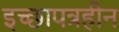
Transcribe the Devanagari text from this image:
इच्छापत्रहीन